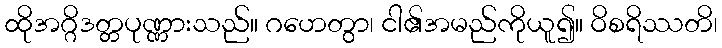
ထိုအဂ္ဂိဒတ္တပုဏ္ဏားသည်။ ဂဟေတွာ၊ ငါ၏အမည်ကိုယူ၍။ ဝိစရိဿတိ၊